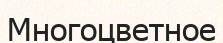
Многоцветное